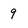
Character: 9